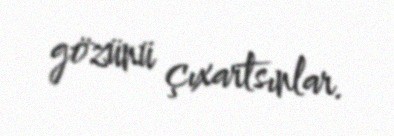
gözünü çıxartsınlar.